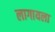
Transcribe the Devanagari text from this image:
लागायला